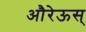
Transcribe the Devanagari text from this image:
औरेऊस्